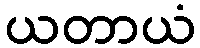
ယတာယံ